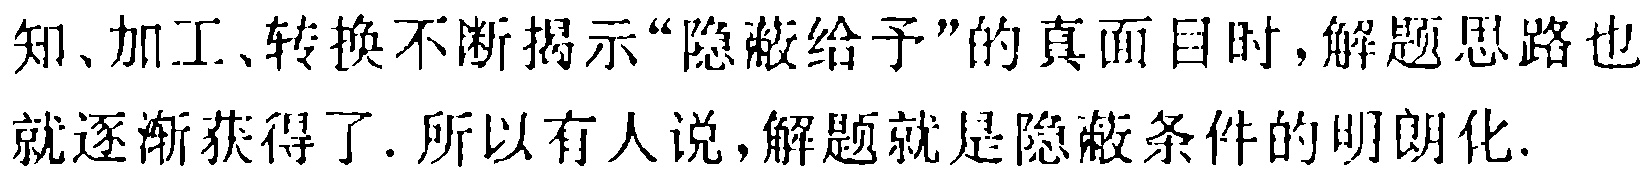
知、加工、转换不断揭示“隐蔽给予”的真面目时,解题思路也就逐渐获得了.所以有人说,解题就是隐蔽条件的明朗化.